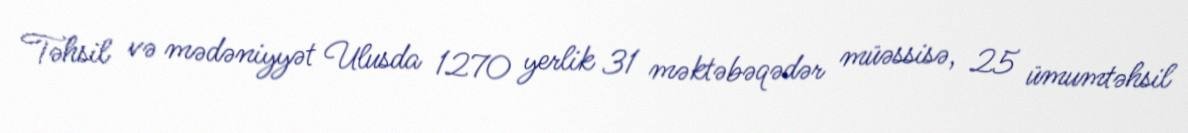
Təhsil və mədəniyyət Ulusda 1270 yerlik 31 məktəbəqədər müəssisə, 25 ümumtəhsil